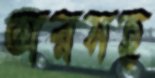
অরসহ